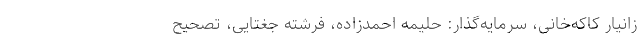
زانیار کاکه‌خانی، سرمایه‌گذار: حلیمه احمدزاده، فرشته ‌جغتایی، تصحیح